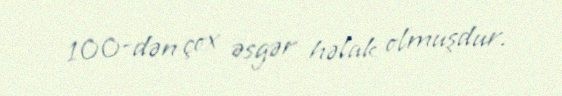
100-dən çox əsgər həlak olmuşdur.